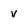
Character: v